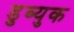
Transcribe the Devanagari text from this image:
डुब्युक